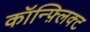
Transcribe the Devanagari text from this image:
कॉन्फ़्लिक्ट